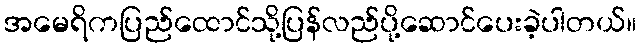
အမေရိကပြည်ထောင်သို့ပြန်လည်ပို့ဆောင်ပေးခဲ့ပါတယ်။